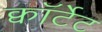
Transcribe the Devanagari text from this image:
क्वॉर्टेट